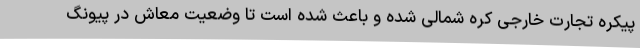
پیکره تجارت خارجی کره شمالی شده و باعث شده است تا وضعیت معاش در پیونگ